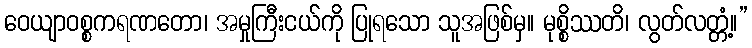
ဝေယျာဝစ္စကရဏတော၊ အမှုကြီးငယ်ကို ပြုရသော သူအဖြစ်မှ။ မုစ္စိဿတိ၊ လွတ်လတ္တံ့။”